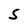
Character: s